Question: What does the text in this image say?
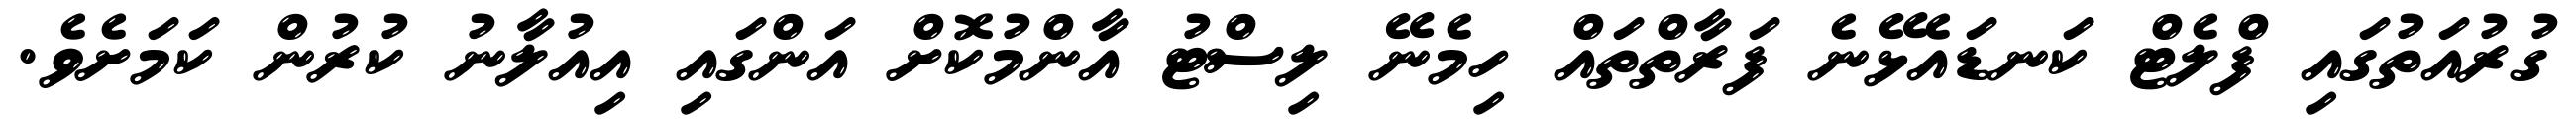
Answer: ގުރުއަތުގައި ފްލެޓް ކަނޑައެޅޭނެ ފަރާތްތައް ހިމެނޭ ލިސްޓު އާންމުކޮށް އަންގައި އިއުލާނު ކުރުން ކަމަށެވެ.